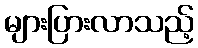
များပြားလာသည့်